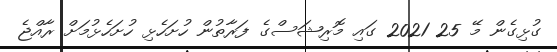
ގުޅިގެން މޭ 25 2021 ގައި މޮރިޝަސްގެ ފަރާތުން ހުށަހެޅި ހުށަހެޅުމަށް ރާއްޖެ